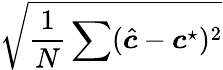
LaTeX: \sqrt{\frac{1}{N}\sum(\hat{\boldsymbol{c}}-\boldsymbol{c}^{\star})^{2}}